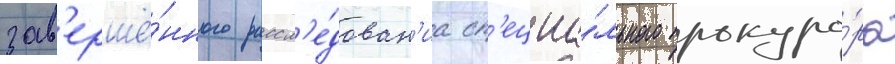
зав'ершё́нного рассл'е́дован'иа сп'ециа́льного прокуро́ра